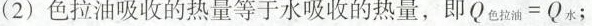
(2)色拉油吸收的热量等于水吸收的热量， $$Q _ { 色 拉 油 } = Q _ { 水 }$$ ；